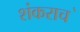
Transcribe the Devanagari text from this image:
शंकराच॓